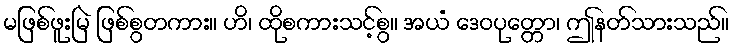
မဖြစ်ဖူးမြဲ ဖြစ်စွတကား။ ဟိ၊ ထိုစကားသင့်စွ။ အယံ ဒေဝပုတ္တော၊ ဤနတ်သားသည်။